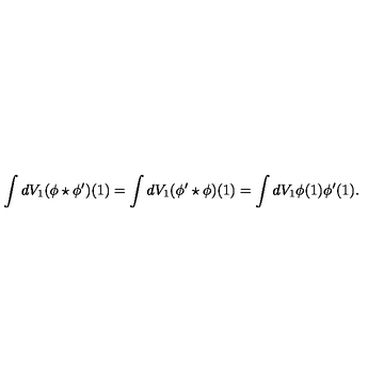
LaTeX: \int d V _ { 1 } ( \phi \star \phi ^ { \prime } ) ( 1 ) = \int d V _ { 1 } ( \phi ^ { \prime } \star \phi ) ( 1 ) = \int d V _ { 1 } \phi ( 1 ) \phi ^ { \prime } ( 1 ) .